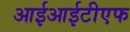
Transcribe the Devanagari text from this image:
आईआईटीएफ